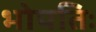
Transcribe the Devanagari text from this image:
भोपतिः